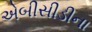
એબીસીડીના